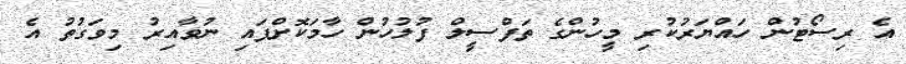
އެ ރިސޯޓުން ހައްޔަރުކުރި މީހުންގެ ތަފްސީލް ފުލުހުން ހާމަކޮށްފައި ނުވާއިރު މިވަގުތު އެ